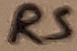
Text: RS